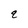
Character: q